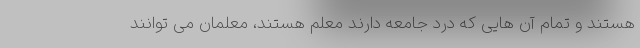
هستند و تمام آن هایی که درد جامعه دارند معلم هستند، معلمان می توانند